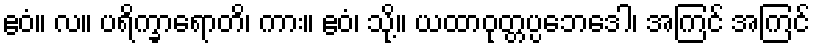
ဧဝံ။ လ။ ပရိက္ခာရောတိ၊ ကား။ ဧဝံ၊ သို့။ ယထာဝုတ္တပ္ပဘေဒေါ၊ အကြင် အကြင်